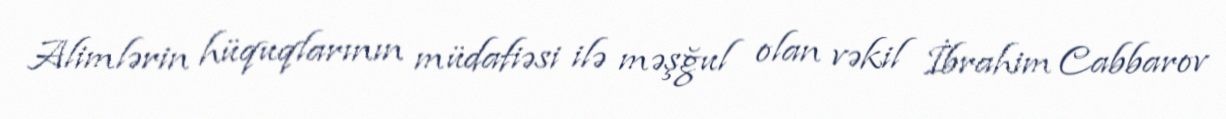
Alimlərin hüquqlarının müdafiəsi ilə məşğul olan vəkil İbrahim Cabbarov